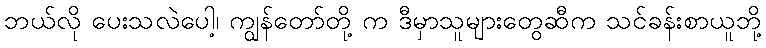
ဘယ်လို ပေးသလဲပေါ့၊ ကျွန်တော်တို့ က ဒီမှာသူများတွေဆီက သင်ခန်းစာယူဘို့